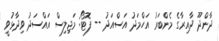
ދާންދޫ ދާއިރާގެ މެންބަރު އަހްމަދު އަސްއަދު -- ފޮޓޯ: މަޖިލިސް އައްސަދު ވިދާޅުވީ